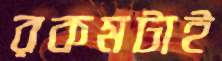
রকমটাই